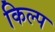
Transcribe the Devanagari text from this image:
किल्प